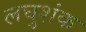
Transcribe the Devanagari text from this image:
लघुशंक